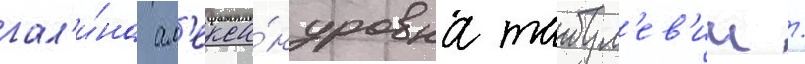
гал'и́на ал'екса́ндровна табул'ев'ич /